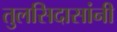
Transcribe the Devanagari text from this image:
तुलसिदासांनी